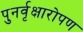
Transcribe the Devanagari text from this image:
पुनर्वृक्षारोपण